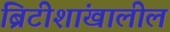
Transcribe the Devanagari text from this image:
ब्रिटीशांखालील